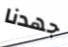
جهدنا